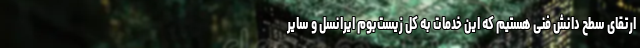
ارتقای سطح دانش فنی هستیم که این خدمات به کل زیست‌بوم ایرانسل و سایر